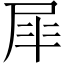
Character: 𭕝